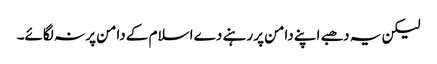
لیکن یہ دھبے اپنے دامن پر رہنے دے اسلام کے دامن پر نہ لگائے۔